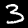
Label: 3